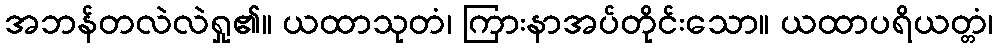
အဘန်တလဲလဲရှု၏။ ယထာသုတံ၊ ကြားနာအပ်တိုင်းသော။ ယထာပရိယတ္တံ၊